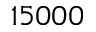
1 5 0 0 0